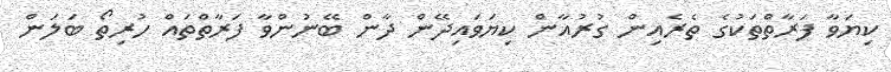
ކިޔަވާ ފަރާތްތަކުގެ ތެރެއިން ގުރުއާން ކިޔަވައިދޭން ދާން ބޭނުންވާ ފަރާތްތައް ހުރިތޯ ބަލަން